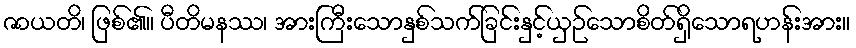
ဇာယတိ၊ ဖြစ်၏။ ပီတိမနဿ၊ အားကြီးသောနှစ်သက်ခြင်းနှင့်ယှဉ်သောစိတ်ရှိသောရဟန်းအား။